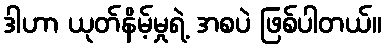
ဒါဟာ ယုတ်နိမ့်မှုရဲ့ အစပဲ ဖြစ်ပါတယ်။